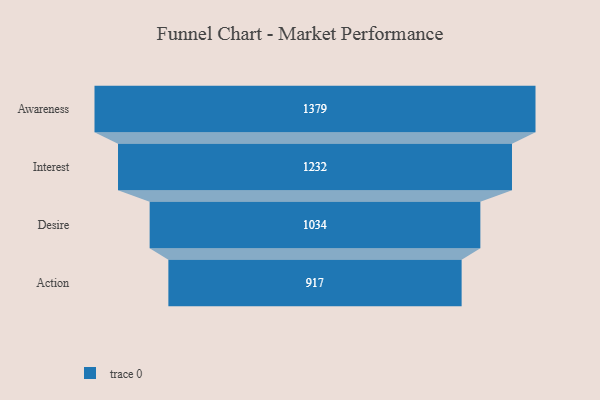
{"axis": {"x": "Stage", "y": "Value"}, "legend": [""], "data": [{"x": "Awareness", "y": 1379.0, "type": ""}, {"x": "Interest", "y": 1232.0, "type": ""}, {"x": "Desire", "y": 1034.0, "type": ""}, {"x": "Action", "y": 917.0, "type": ""}]}